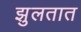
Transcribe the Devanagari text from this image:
झुलतात